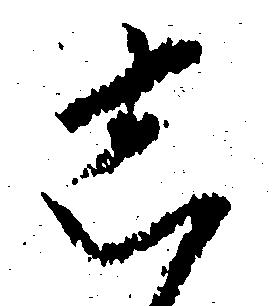
し